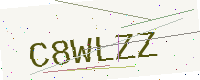
Text: C8WLZZ